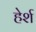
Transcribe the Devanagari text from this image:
हेर्श